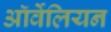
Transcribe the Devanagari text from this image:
ऑर्वेलियन